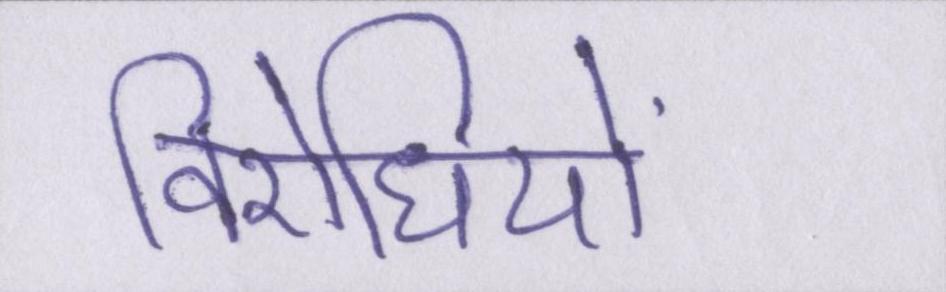
विरोधियों